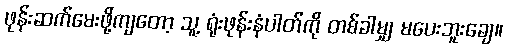
ဖုန်းဆက်မေးဖို့ကျတော့ သူ့ ရုံးဖုန်းနံပါတ်ကို တစ်ခါမျှ မပေးဘူးချေ။